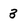
Character: 3